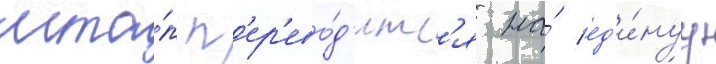
мта́п п'ер'ево́д'итс'я на́ ед'и́нуу